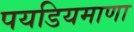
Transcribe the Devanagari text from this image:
पयडियमाणा